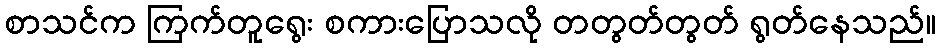
စာသင်က ကြက်တူရွေး စကားပြောသလို တတွတ်တွတ် ရွတ်နေသည်။